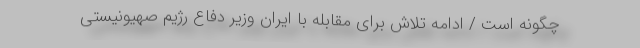
چگونه است / ادامه تلاش برای مقابله با ایران وزیر دفاع رژیم صهیونیستی